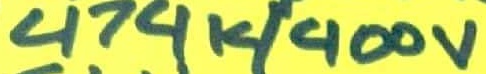
Text: 474k/400v